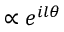
\propto e ^ { i l \theta }